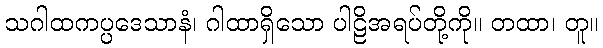
သဂါထကပ္ပဒေသာနံ၊ ဂါထာရှိသော ပါဠိအရပ်တို့ကို။ တထာ၊ တူ။